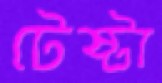
টেষ্টা